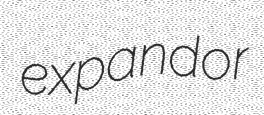
expandor